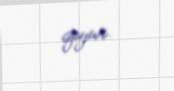
qoyur.